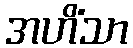
အဟိံသာ